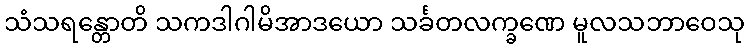
သံသရန္တောတိ သကဒါဂါမိအာဒယော သင်္ခတလက္ခဏေ မူလသဘာဝေသု